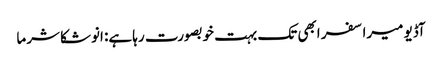
آڈیو میرا سفر ابھی تک بہت خوبصورت رہا ہے: انوشکا شرما